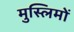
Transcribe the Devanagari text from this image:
मुस्‍लिमों